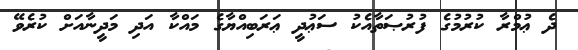
ދެ ޢުމްރާ ކުރުމުގެ ފުރުޞަތާއެކު ސަޢުދީ ޢަރަބިއްޔާގެ މައްކާ އަދި މަދީނާއަށް ކުރެވޭ